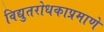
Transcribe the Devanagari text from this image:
विद्युतरोधकाप्रमाणे